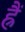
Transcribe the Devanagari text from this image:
ह्रैं